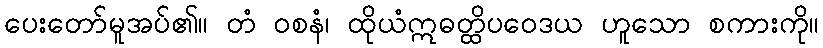
ပေးတော်မူအပ်၏။ တံ ဝစနံ၊ ထိုယံဣဓတ္ထိပဝေဒယ ဟူသော စကားကို။